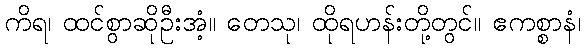
ကိရ၊ ထင်စွာဆိုဦးအံ့။ တေသု၊ ထိုရဟန်းတို့တွင်။ ဧကစ္စာနံ၊